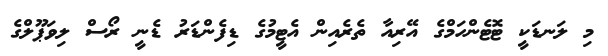
މި ލަނޑަކީ ޓޮޓެންހަމްްގެ އޭރިއާ ތެރެއިން އެޓީމުގެ ޑިފެންޑަރު ޑެނީ ރޯސް ލިވަޕޫލްގެ